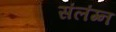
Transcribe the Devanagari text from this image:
संलंग्न